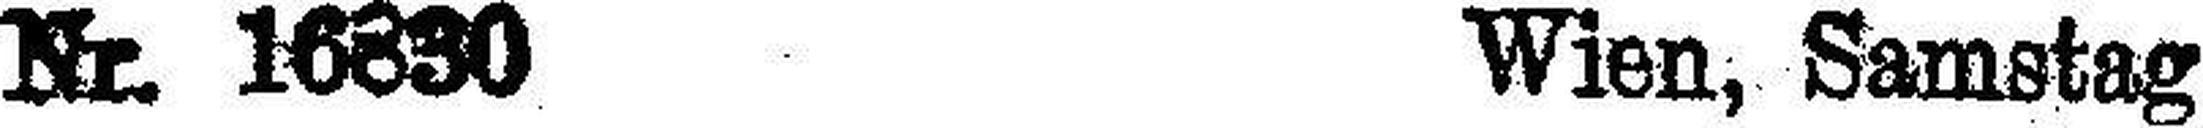
Nr. 16830 Wien, Samstag